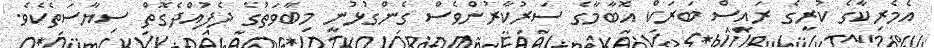
އެމެރިކާގެ ކުރީގެ ރައީސް ބަރަކް އޮބާމާގެ ސަރުކާރުންވެސް ގެންގުޅުނީ މިބާވަތުގެ ދެފުއްދެގޮތް ސިޔާސަތެކެވެ.